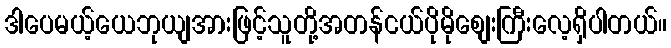
ဒါပေမယ့်ယေဘုယျအားဖြင့်သူတို့အတန်ငယ်ပိုမိုစျေးကြီးလေ့ရှိပါတယ်။